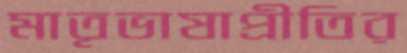
মাতৃভাষাপ্রীতির